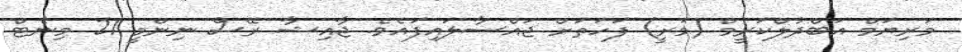
މަރިޔަމް އަބްދުލްކަރީމް (މަރީ) ފަހަތަށް ޖައްސާލައިފައެވެ. ޖާއިޝާ ރޭސް ނިންމީ 21 މިނެޓް